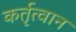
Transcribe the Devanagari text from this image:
कर्तृत्वान